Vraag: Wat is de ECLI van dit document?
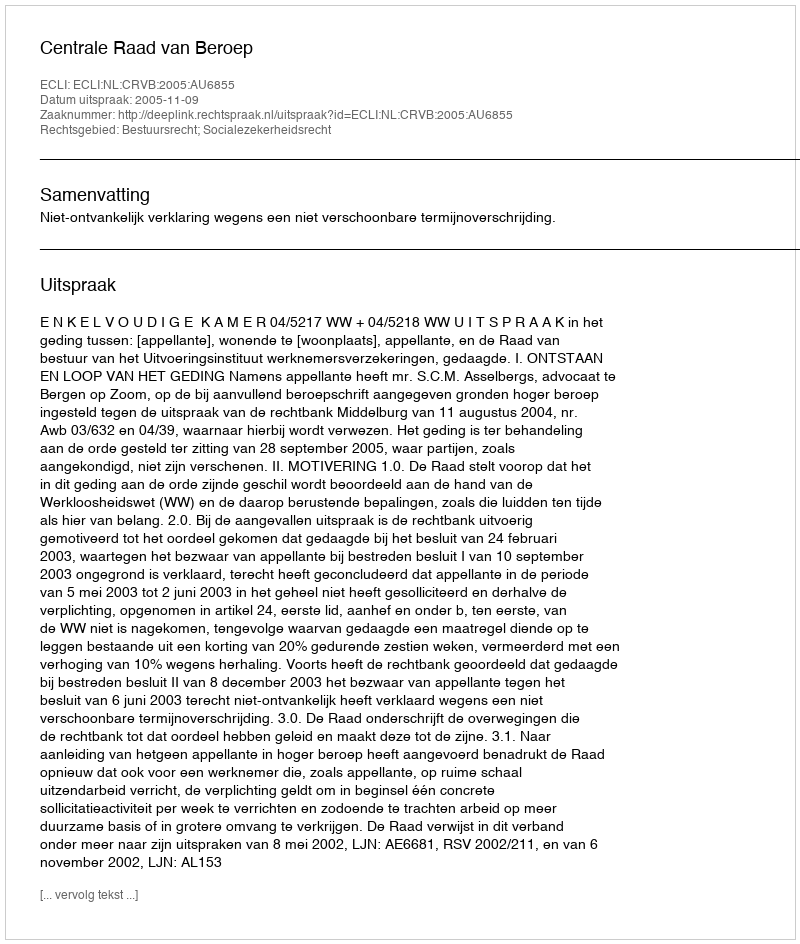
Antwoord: ECLI:NL:CRVB:2005:AU6855